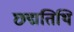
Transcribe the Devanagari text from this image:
छद्मतिथि